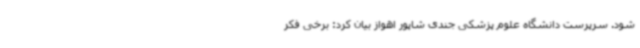
شود. سرپرست دانشگاه علوم پزشکی جندی شاپور اهواز بیان کرد: برخی فکر